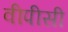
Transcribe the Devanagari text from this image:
वीपीसी